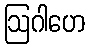
ဩဂါဟေ